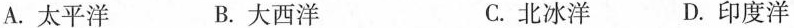
A.太平洋 B.大西洋 C.北冰洋 D.印度洋